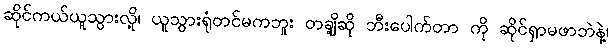
ဆိုင်ကယ်ယူသွားလို့၊ ယူသွားရုံတင်မကဘူး တချို့ဆို ဘီးပေါက်တာ ကို ဆိုင်ရှာမဖာဘဲနဲ့၊